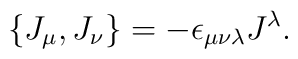
\{J_{\mu},J_{\nu}\}=-\epsilon_{\mu\nu\lambda}J^{\lambda}.